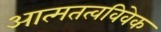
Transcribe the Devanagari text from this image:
आत्मतत्वविवेक